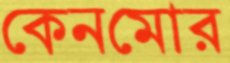
কেনমোর